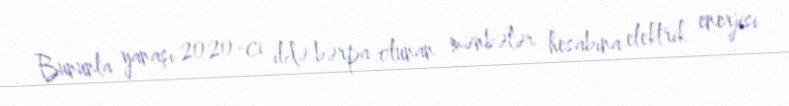
Bununla yanaşı 2020-ci ildə bərpa olunan mənbələr hesabına elektrik enerjisi